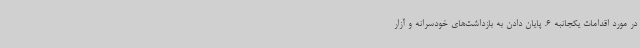
در مورد اقدامات یکجانبه 6. پایان دادن به بازداشت‌های خودسرانه و آزار